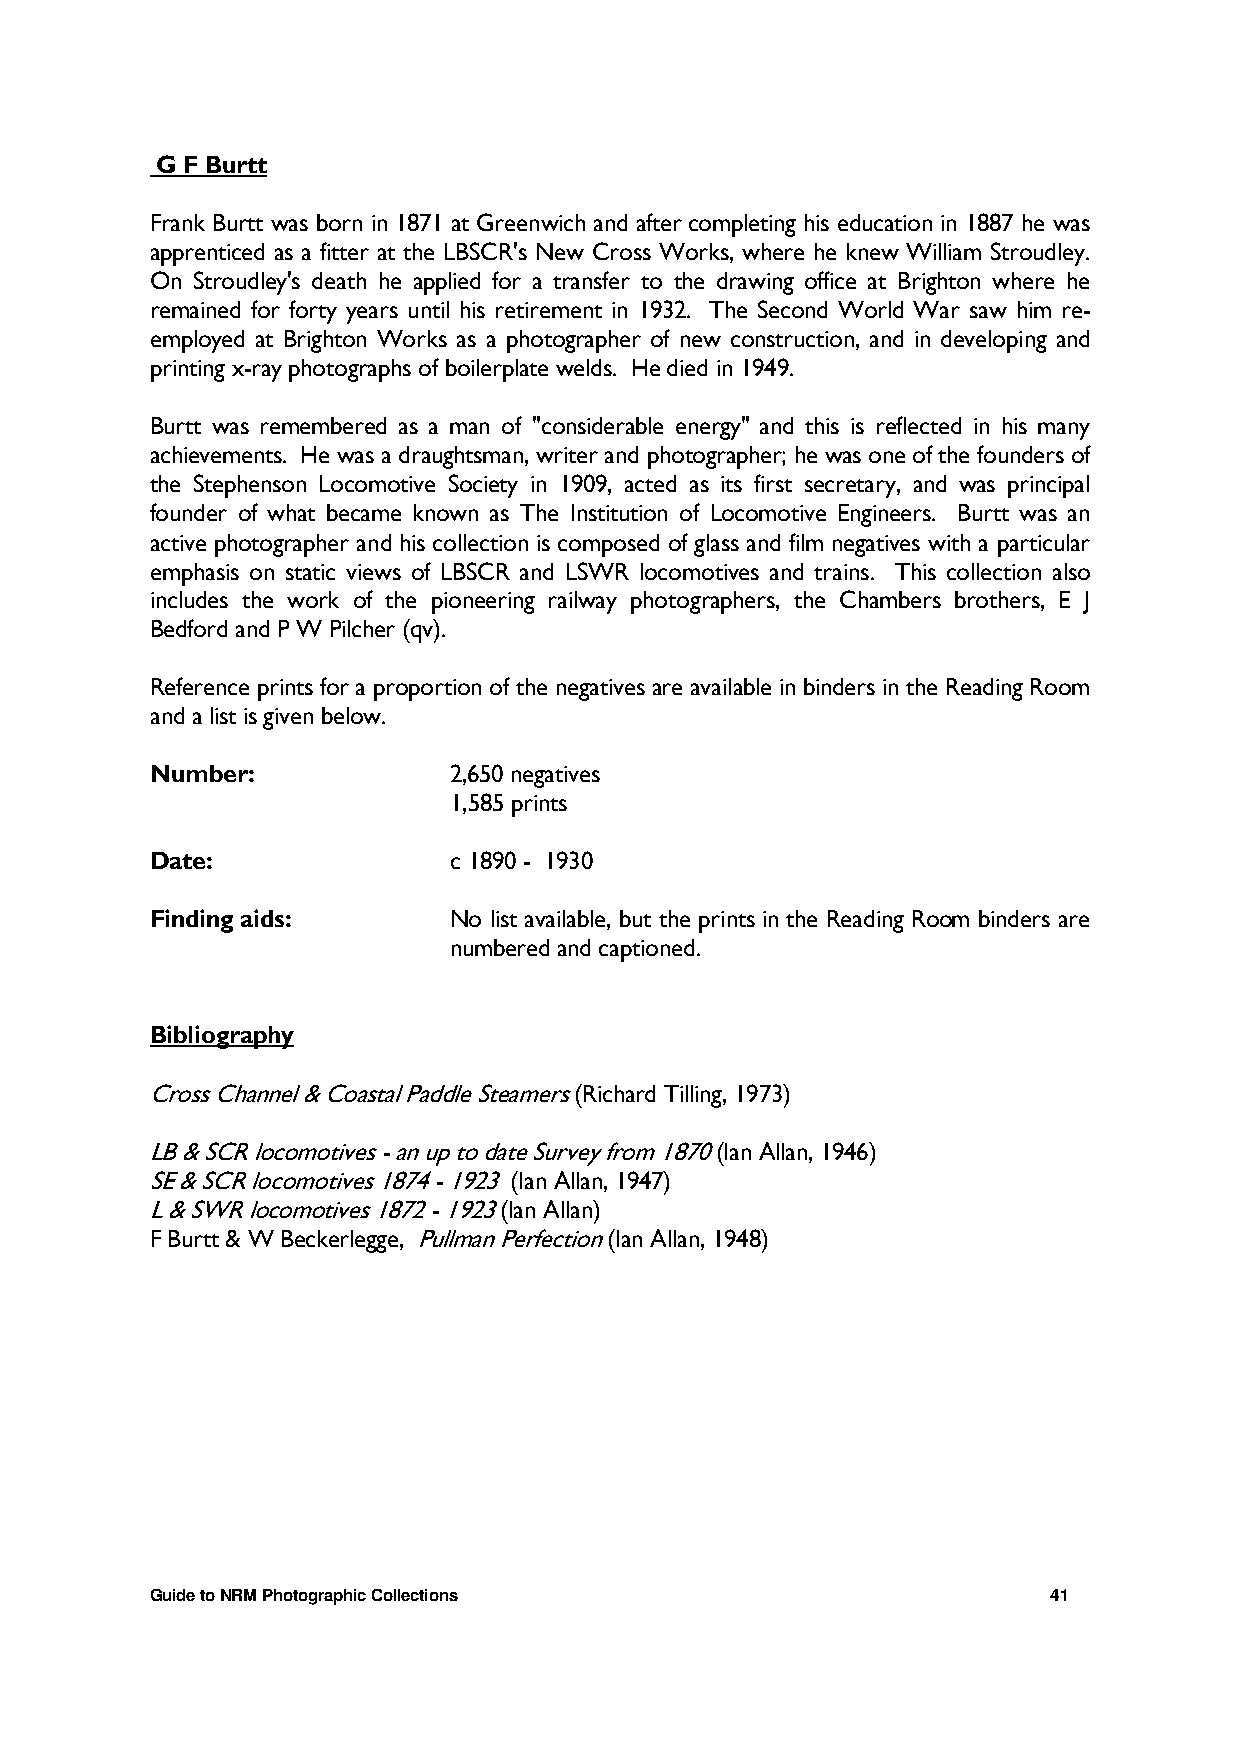
G F Burtt
 Frank Burtt was born in 1871 at Greenwich and after completing his education in 1887 he was
 apprenticed as a fitter at the LBSCR's New Cross Works, where he knew William Stroudley.
 On Stroudley's death he applied for a transfer to the drawing office at Brighton where he
 remained for forty years until his retirement in 1932. The Second World War saw him re-
 employed at Brighton Works as a photographer of new construction, and in developing and
 printing x-ray photographs of boilerplate welds. He died in 1949.
 Burtt was remembered as a man of "considerable energy" and this is reflected in his many
 achievements. He was a draughtsman, writer and photographer; he was one of the founders of
 the Stephenson Locomotive Society in 1909, acted as its first secretary, and was principal
 founder of what became known as The Institution of Locomotive Engineers. Burtt was an
 active photographer and his collection is composed of glass and film negatives with a particular
 emphasis on static views of LBSCR and LSWR locomotives and trains. This collection also
 includes the work of the pioneering railway photographers, the Chambers brothers, E J
 Bedford and P W Pilcher (qv).
 Reference prints for a proportion of the negatives are available in binders in the Reading Room
 and a list is given below.
 Number:             2,650 negatives
 1,585 prints
 Date:               c 1890 - 1930
 Finding aids:       No list available, but the prints in the Reading Room binders are
 numbered and captioned.
 Bibliography
 Cross Channel & Coastal Paddle Steamers (Richard Tilling, 1973)
 LB & SCR locomotives - an up to date Survey from 1870 (Ian Allan, 1946)
 SE & SCR locomotives 1874 - 1923 (Ian Allan, 1947)
 L & SWR locomotives 1872 - 1923 (Ian Allan)
 F Burtt & W Beckerlegge, Pullman Perfection (Ian Allan, 1948)
 Guide to NRM Photographic Collections                       41